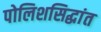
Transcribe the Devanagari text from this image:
पोलिशसिद्धांत